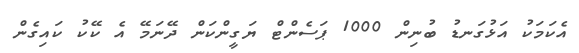
އެކަމަކު އަޅުގަނޑު ބުނިން 1000 ޕަސެންޓް ޔަގީންކަން ދޭނަމޭ އެ ކޭކު ކައިގެން